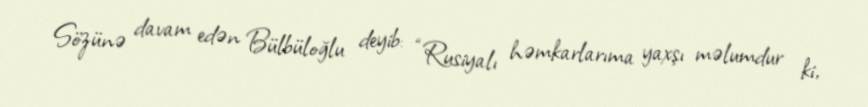
Sözünə davam edən Bülbüloğlu deyib: “Rusiyalı həmkarlarıma yaxşı məlumdur ki,